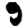
Digit: 9